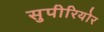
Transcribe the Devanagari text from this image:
सुपीरियोर